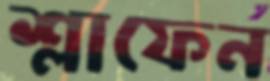
শ্লাফেন